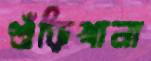
শুঁড়িখানা